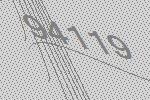
94119